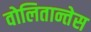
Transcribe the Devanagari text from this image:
वोलितान्तेस